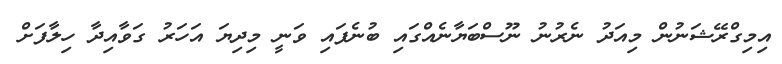
އިމިގްރޭޝަނުން މިއަދު ނެރުނު ނޫސްބަޔާނެއްގައި ބުނެފައި ވަނީ މިދިޔަ އަހަރު ގަވާއިދާ ހިލާފަށް